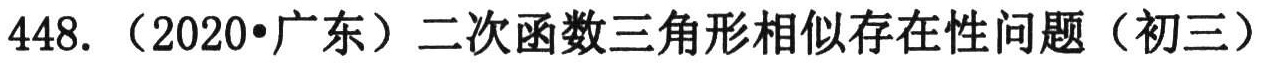
448. （2020•广东）二次函数三角形相似存在性问题（初三）